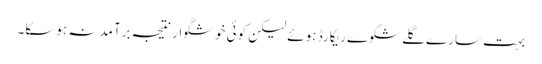
بہت سارے گلے شکوے ریکارڈ ہوئے لیکن کوئی خوشگوار نتیجہ برآمد نہ ہوسکا۔